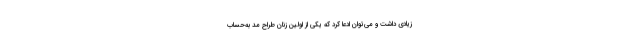
زیادی داشت و می‌توان ادعا کرد که یکی از اولین زنان طراح مد به‌حساب